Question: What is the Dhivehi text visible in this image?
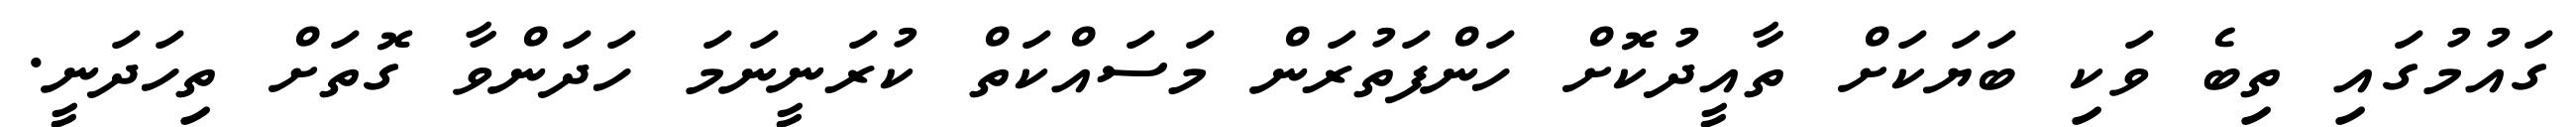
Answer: ގައުމުގައި ތިބެ ވަކި ބަޔަކަށް ތާއީދުކޮށް ހަންފަތުރަން މަސައްކަތް ކުރަނީނަމަ ހަދަންވާ ގޮތަށް ތިހަދަނީ.